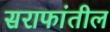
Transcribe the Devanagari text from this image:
सराफांतील